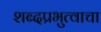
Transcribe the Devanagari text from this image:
शब्दप्रभुत्वाचा